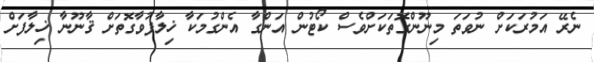
ނެރޭ އަމުރަކަށް ނުވަތަ މިނޫންގޮތަކަށްވެސްް ކޯޓުން އަންގާ އެންގުމަކާ ޚިލާފުވާގޮތަށް ޤާނޫނާ ޚިލާފަށް